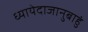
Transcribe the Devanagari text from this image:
ध्यायेदाजानुबाहुं